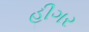
હીગર